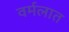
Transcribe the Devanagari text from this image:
वर्मलात